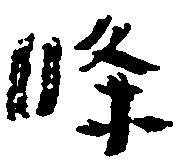
条